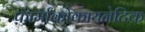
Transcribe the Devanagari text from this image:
फ़ार्माकोकायनेटिक